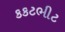
કકટભીટ